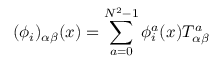
( \phi _ { i } ) _ { \alpha \beta } ( x ) = \sum _ { a = 0 } ^ { N ^ { 2 } - 1 } \phi _ { i } ^ { a } ( x ) T _ { \alpha \beta } ^ { a }